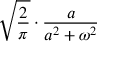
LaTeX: { \sqrt { \frac { 2 } { \pi } } } \cdot { \frac { a } { a ^ { 2 } + \omega ^ { 2 } } }